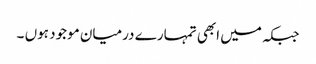
جبکہ میں ابھی تمہارے درمیان موجود ہوں ۔